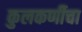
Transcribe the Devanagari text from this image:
कुलकर्णीचा